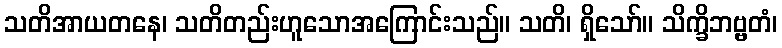
သတိအာယတနေ၊ သတိတည်းဟူသောအကြောင်းသည်။ သတိ၊ ရှိသော်။ သိက္ခိဘဗ္ဗတံ၊